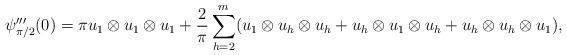
LaTeX: \begin{align*}\psi_{\pi/2}'''(0)= \pi u_1 \otimes u_1 \otimes u_1 + \frac{2}{\pi} \sum_{h=2}^m (u_1 \otimes u_h\otimes u_h+ u_h\otimes u_1 \otimes u_h + u_h\otimes u_h \otimes u_1 ),\end{align*}